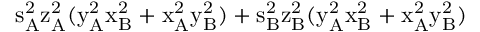
\mathrm { s _ { A } ^ { 2 } \mathrm { z _ { A } ^ { 2 } ( \mathrm { y _ { A } ^ { 2 } \mathrm { x _ { B } ^ { 2 } + \mathrm { x _ { A } ^ { 2 } \mathrm { y _ { B } ^ { 2 } ) + \mathrm { s _ { B } ^ { 2 } \mathrm { z _ { B } ^ { 2 } ( \mathrm { y _ { A } ^ { 2 } \mathrm { x _ { B } ^ { 2 } + \mathrm { x _ { A } ^ { 2 } \mathrm { y _ { B } ^ { 2 } ) } } } } } } } } } } } }